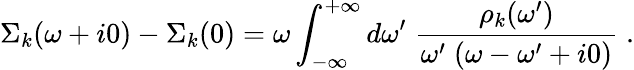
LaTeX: \Sigma_{k}(\omega+i0)-\Sigma_{k}(0)=\omega\int_{-\infty}^{+\infty}d\omega^{\prime}\; \frac{\rho_{k}(\omega^{\prime})}{\omega^{\prime}\; (\omega-\omega^{\prime}+i0)}\; .